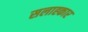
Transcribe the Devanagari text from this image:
सलाह्कार